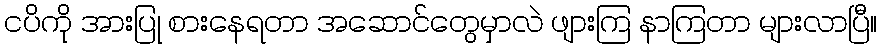
ငပိကို အားပြု စားနေရတာ အဆောင်တွေမှာလဲ ဖျားကြ နာကြတာ များလာပြီ။